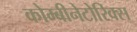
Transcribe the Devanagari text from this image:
कोम्बीनेटोरिक्स